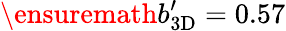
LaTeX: \ensuremath{b_{\mathrm{3D}}^{\prime}}=0.57